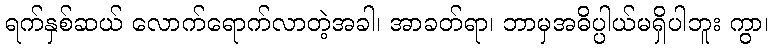
ရက်နှစ်ဆယ် လောက်ရောက်လာတဲ့အခါ၊ အာခတ်ရာ၊ ဘာမှအဓိပ္ပါယ်မရှိပါဘူး ကွာ၊